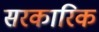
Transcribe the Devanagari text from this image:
सरकारिक